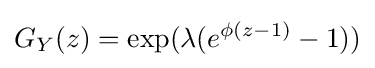
G_{Y}(z)=\exp(\lambda (e^{\phi (z-1)}-1))